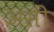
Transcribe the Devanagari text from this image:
असीं